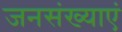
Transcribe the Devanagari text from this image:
जनसंख्याएं